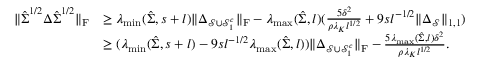
\begin{array} { r l } { \| \hat { \boldsymbol { \Sigma } } ^ { 1 / 2 } \boldsymbol { \Delta } \hat { \boldsymbol { \Sigma } } ^ { 1 / 2 } \| _ { \mathrm { F } } } & { \geq \lambda _ { \operatorname* { m i n } } ( \hat { \boldsymbol { \Sigma } } , s + l ) \| \boldsymbol { \Delta } _ { \mathcal { S } \cup \mathcal { S } _ { 1 } ^ { c } } \| _ { \mathrm { F } } - \lambda _ { \operatorname* { m a x } } ( \hat { \boldsymbol { \Sigma } } , l ) ( \frac { 5 \delta ^ { 2 } } { \rho \lambda _ { K } l ^ { 1 / 2 } } + 9 s l ^ { - 1 / 2 } \| \boldsymbol { \Delta } _ { \mathcal { S } } \| _ { 1 , 1 } ) } \\ & { \geq ( \lambda _ { \operatorname* { m i n } } ( \hat { \boldsymbol { \Sigma } } , s + l ) - 9 s l ^ { - 1 / 2 } \lambda _ { \operatorname* { m a x } } ( \hat { \boldsymbol { \Sigma } } , l ) ) \| \boldsymbol { \Delta } _ { \mathcal { S } \cup \mathcal { S } _ { 1 } ^ { c } } \| _ { \mathrm { F } } - \frac { 5 \lambda _ { \operatorname* { m a x } } ( \hat { \boldsymbol { \Sigma } } , l ) \delta ^ { 2 } } { \rho \lambda _ { K } l ^ { 1 / 2 } } . } \end{array}